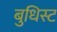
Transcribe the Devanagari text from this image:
बुधिस्ट